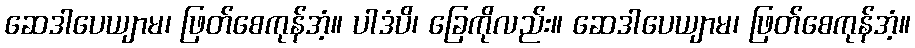
ဆေဒါပေယျာမ၊ ဖြတ်စေကုန်အံ့။ ပါဒံပိ၊ ခြေကိုလည်း။ ဆေဒါပေယျာမ၊ ဖြတ်စေကုန်အံ့။